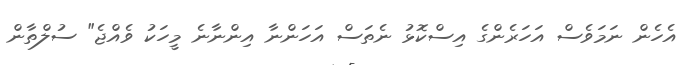
އެހެން ނަމަވެސް އަހަރެންގެ އިސްކޮޅު ނެތަސް އަހަންނާ އިންނާނެ މީހަކު ވެއްޖެ" ސުލްތާން